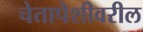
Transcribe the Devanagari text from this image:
चेतापेशीवरील